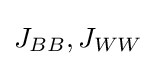
J_{BB},J_{WW}